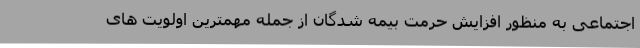
اجتماعی به منظور افزایش حرمت بیمه شدگان از جمله مهمترین اولویت های